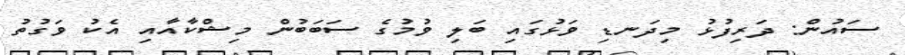
ސައުން: ދަރިފުޅު މިދަނޑި ވަޅުގައި ބަލި ވުމުގެ ސަބަބުން މިޝްކާއާއި އެކު ވަގުތު